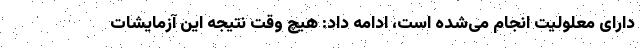
دارای معلولیت انجام می‌شده است، ادامه داد: هیچ وقت نتیجه این آزمایشات